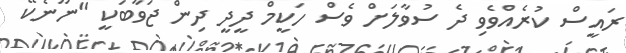
ރައީސް ކުރެއްވެވި ދެ ސުވާލަށް ވެސް ހަކީމް ދީދީ ދިން ޖަވާބަކީ "ނޫނެކޭ